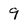
Character: 9